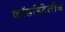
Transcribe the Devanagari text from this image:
कॉर्डाइटेलीज